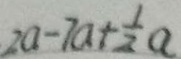
2 a - 7 a + \frac { 1 } { 2 } a